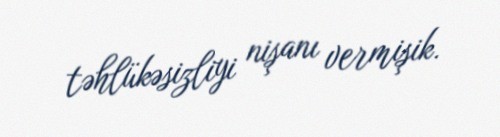
təhlükəsizliyi nişanı vermişik.